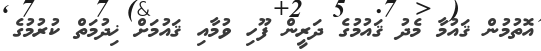
އޮތުމުން ޤައުމާ މެދު ޤައުމުގެ ދަރީން ފޫހި ވުމާއި ޤައުމަށް ޚިދުމަތް ކުރުމުގެ